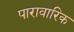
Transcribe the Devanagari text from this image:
पारावारिक